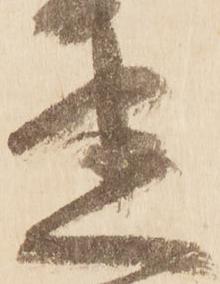
迷